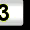
Digit: 3